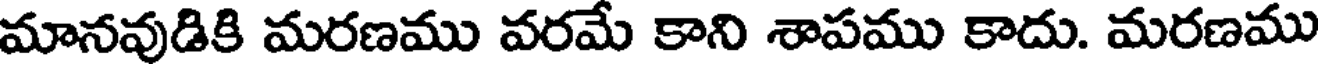
మానవుడికి మరణము వరమే కాని శాపము కాదు. మరణము